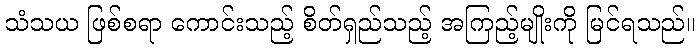
သံသယ ဖြစ်စရာ ကောင်းသည့် စိတ်ရှည်သည့် အကြည့်မျိုးကို မြင်ရသည်။